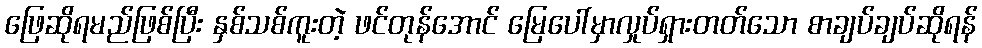
ဖြေဆိုရမည်ဖြစ်ပြီး နှစ်သစ်ကူးတဲ့ ဖင်တုန်အောင် မြေပေါ်မှာလှုပ်ရှားတတ်သော စာချပ်ချပ်ဆိုရန်